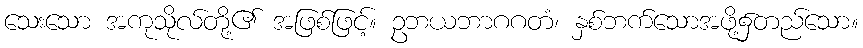
သေးသော အကုသိုလ်တို့၏ အဖြစ်ဖြင့်။ ဥဘယဘာဂဂတံ၊ နှစ်ဘက်သောအဖို့၌တည်သော။